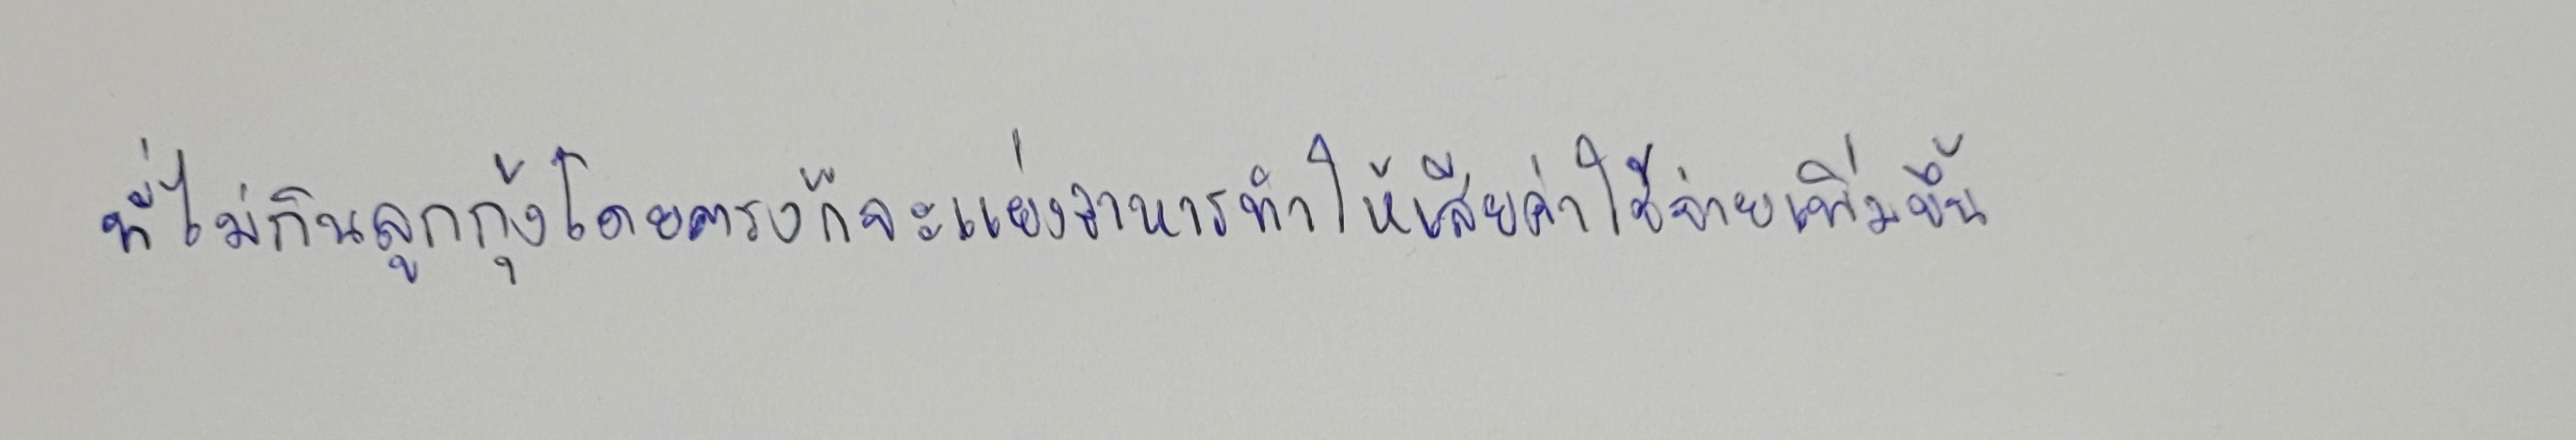
ที่ไม่กินลูกกุ้งโดยตรงก็จะแย่งอาหารทำให้เสียค่าใช้จ่ายเพิ่มขึ้น